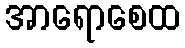
အာရောစေထ